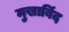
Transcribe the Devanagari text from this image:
मुखाबिंद